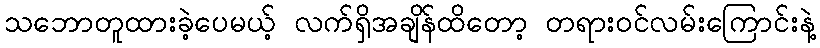
သဘောတူထားခဲ့ပေမယ့် လက်ရှိအချိန်ထိတော့ တရားဝင်လမ်းကြောင်းနဲ့